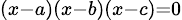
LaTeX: \scriptstyle(x-a)(x-b)(x-c)=0